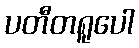
ပတီတရူပေါ